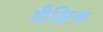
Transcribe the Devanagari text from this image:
शैक्षिक